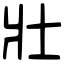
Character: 壯